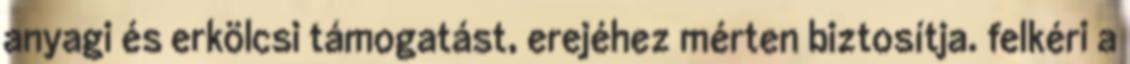
anyagi és erkölcsi támogatást, erejéhez mérten biztosítja. felkéri a